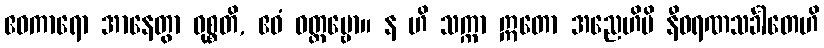
ဧဝကာရော အာနေတွာ ဝုစ္စတိ, ဧဝံ ဝတ္တဗ္ဗော။ န ဟိ သက္ကာ ဣတော အညေဟိပိ နီဝရဏသင်္ခါတေဟိ